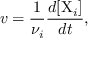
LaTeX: v = { \frac { 1 } { \nu _ { i } } } { \frac { d [ \mathrm { X } _ { i } ] } { d t } } ,